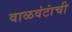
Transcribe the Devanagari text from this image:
वाळवंटांची